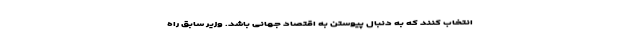
انتخاب کنند که به دنبال پیوستن به اقتصاد جهانی باشد. وزیر سابق راه